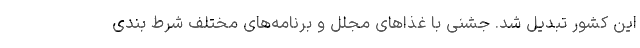
این کشور تبدیل شد. جشنی با غذا‌های مجلل و برنامه‌های مختلف شرط بندی